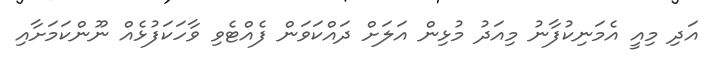
އަދި މިއީ އެމަނިކުފާނު މިއަދު މުޅިން އަލަށް ދައްކަވަން ފެއްޓެވި ވާހަކަފުޅެއް ނޫންކަމަށާއި